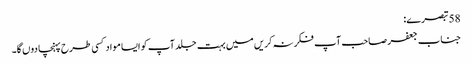
58 تبصرے:
جناب جعفر صاحب آپ فکر نہ کریں میں بہت جلد آپ کو ایسا مواد کسی طرح پہنچا دوں گا۔